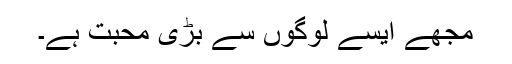
مجھے ایسے لوگوں سے بڑی محبت ہے۔